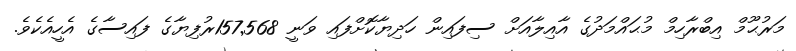
މަރުޙޫމް އިބްރާހިމް މުޙައްމަދުގެ އާއިލާއަށް ސިފައިން ހަދިޔާކޮށްފައި ވަނީ 157